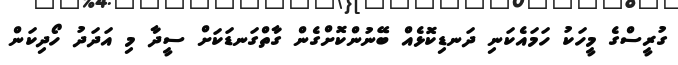
ގުރީސްގެ މީހަކު ހަމައެކަނި ދަނޑިކޮޅެއް ބޭނުންކޮށްގެން ގާތްގަނޑަކަށް ސީދާ މި އަދަދު ހޯދިކަން